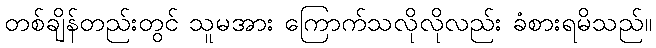
တစ်ချိန်တည်းတွင် သူမအား ကြောက်သလိုလိုလည်း ခံစားရမိသည်။